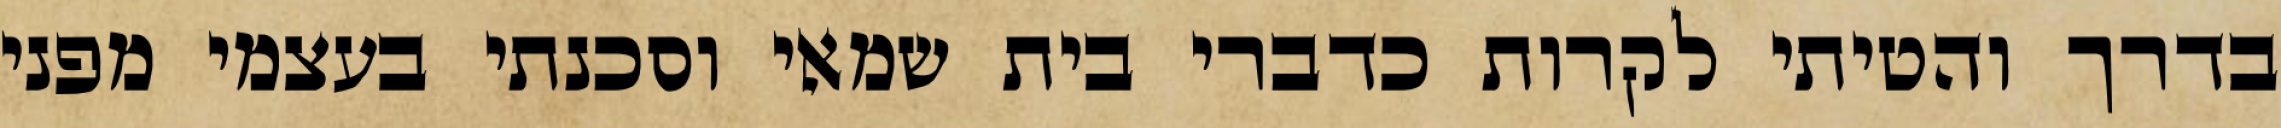
בדרך והטיתי לקרות כדברי בית שמאי וסכנתי בעצמי מפני